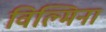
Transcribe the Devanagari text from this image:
विल्‍मिना